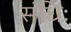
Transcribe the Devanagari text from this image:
संधिः